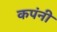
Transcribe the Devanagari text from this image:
कपंनी